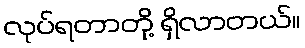
လုပ်ရတာတို့ ရှိလာတယ်။